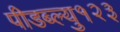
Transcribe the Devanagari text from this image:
पीडब्ल्यु१२३